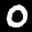
Label: 0